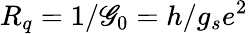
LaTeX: R_{q}=1/\mathscr{G}_{0}=h/g_{s}e^{2}